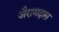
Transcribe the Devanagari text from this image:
जैरामदास